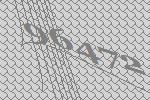
96472